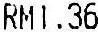
RM1.36